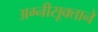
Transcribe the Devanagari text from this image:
अग्नीसूक्ताने